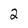
Character: 2